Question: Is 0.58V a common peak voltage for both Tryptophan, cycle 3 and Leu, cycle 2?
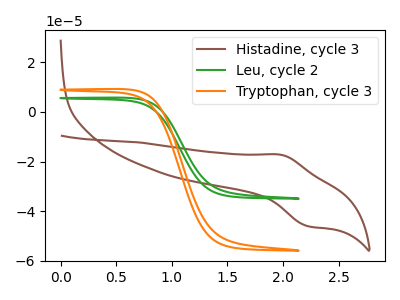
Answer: <think>The brown curve "Histadine, cycle 3" has an anodic peak at (2.00V, -17.25uA) and a cathodic peak at (2.20V, -45.95uA). The green curve "Leu, cycle 2" has no peaks. The orange curve "Tryptophan, cycle 3" has no peaks.</think>
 <answer>No, "Tryptophan, cycle 3" and "Leu, cycle 2" dont share a peak at 0.58V.</answer>
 <eval>mismatch</eval>